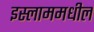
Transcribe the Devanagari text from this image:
इस्लाममधील